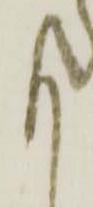
も